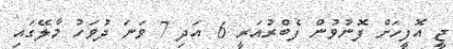
ޖީ އޮފީހަށް ފޮނުވުން ފެބްރުއަރީ 6 އަދި 7 ވަނަ ދުވަހު މާލޭގައި